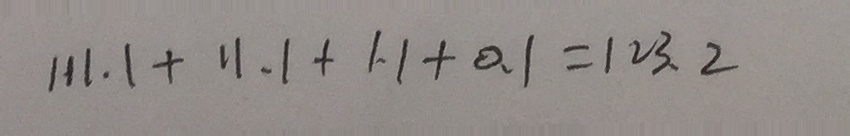
1 1 1 . 1 + 1 1 . 1 + 1 . 1 + 0 . 1 = 1 2 3 . 4